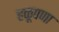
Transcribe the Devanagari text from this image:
हळूपणा